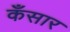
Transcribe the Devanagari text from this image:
कँसार